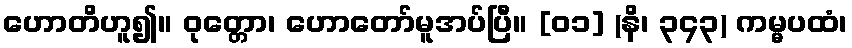
ဟောတိဟူ၍။ ဝုတ္တော၊ ဟောတော်မူအပ်ပြီ။ [၀၁] (နိ၊ ၃၄၃) ကမ္မပထံ၊